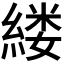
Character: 𫃵